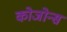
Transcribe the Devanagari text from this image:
कोजोन्स